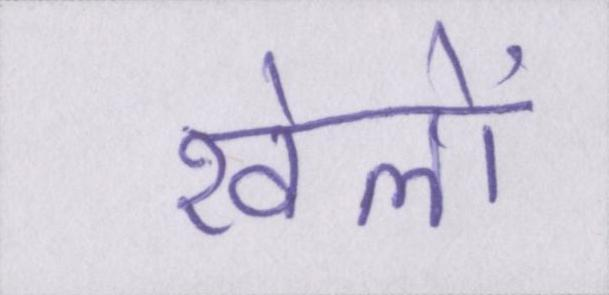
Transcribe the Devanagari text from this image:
खेलों